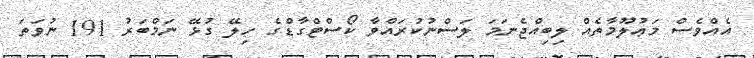
އެއްވެސް މަޢުލޫމާތެއް ލިބިއްޖެނަމަ ލަސްނުކުރައްވާ ކޯސްޓްގާޑްގެ ހިލޭ ގުޅޭ ނަމްބަރު 191 ނުވަތަ